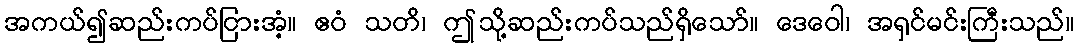
အကယ်၍ဆည်းကပ်ငြားအံ့။ ဧဝံ သတိ၊ ဤသို့ဆည်းကပ်သည်ရှိသော်။ ဒေဝေါ၊ အရှင်မင်းကြီးသည်။